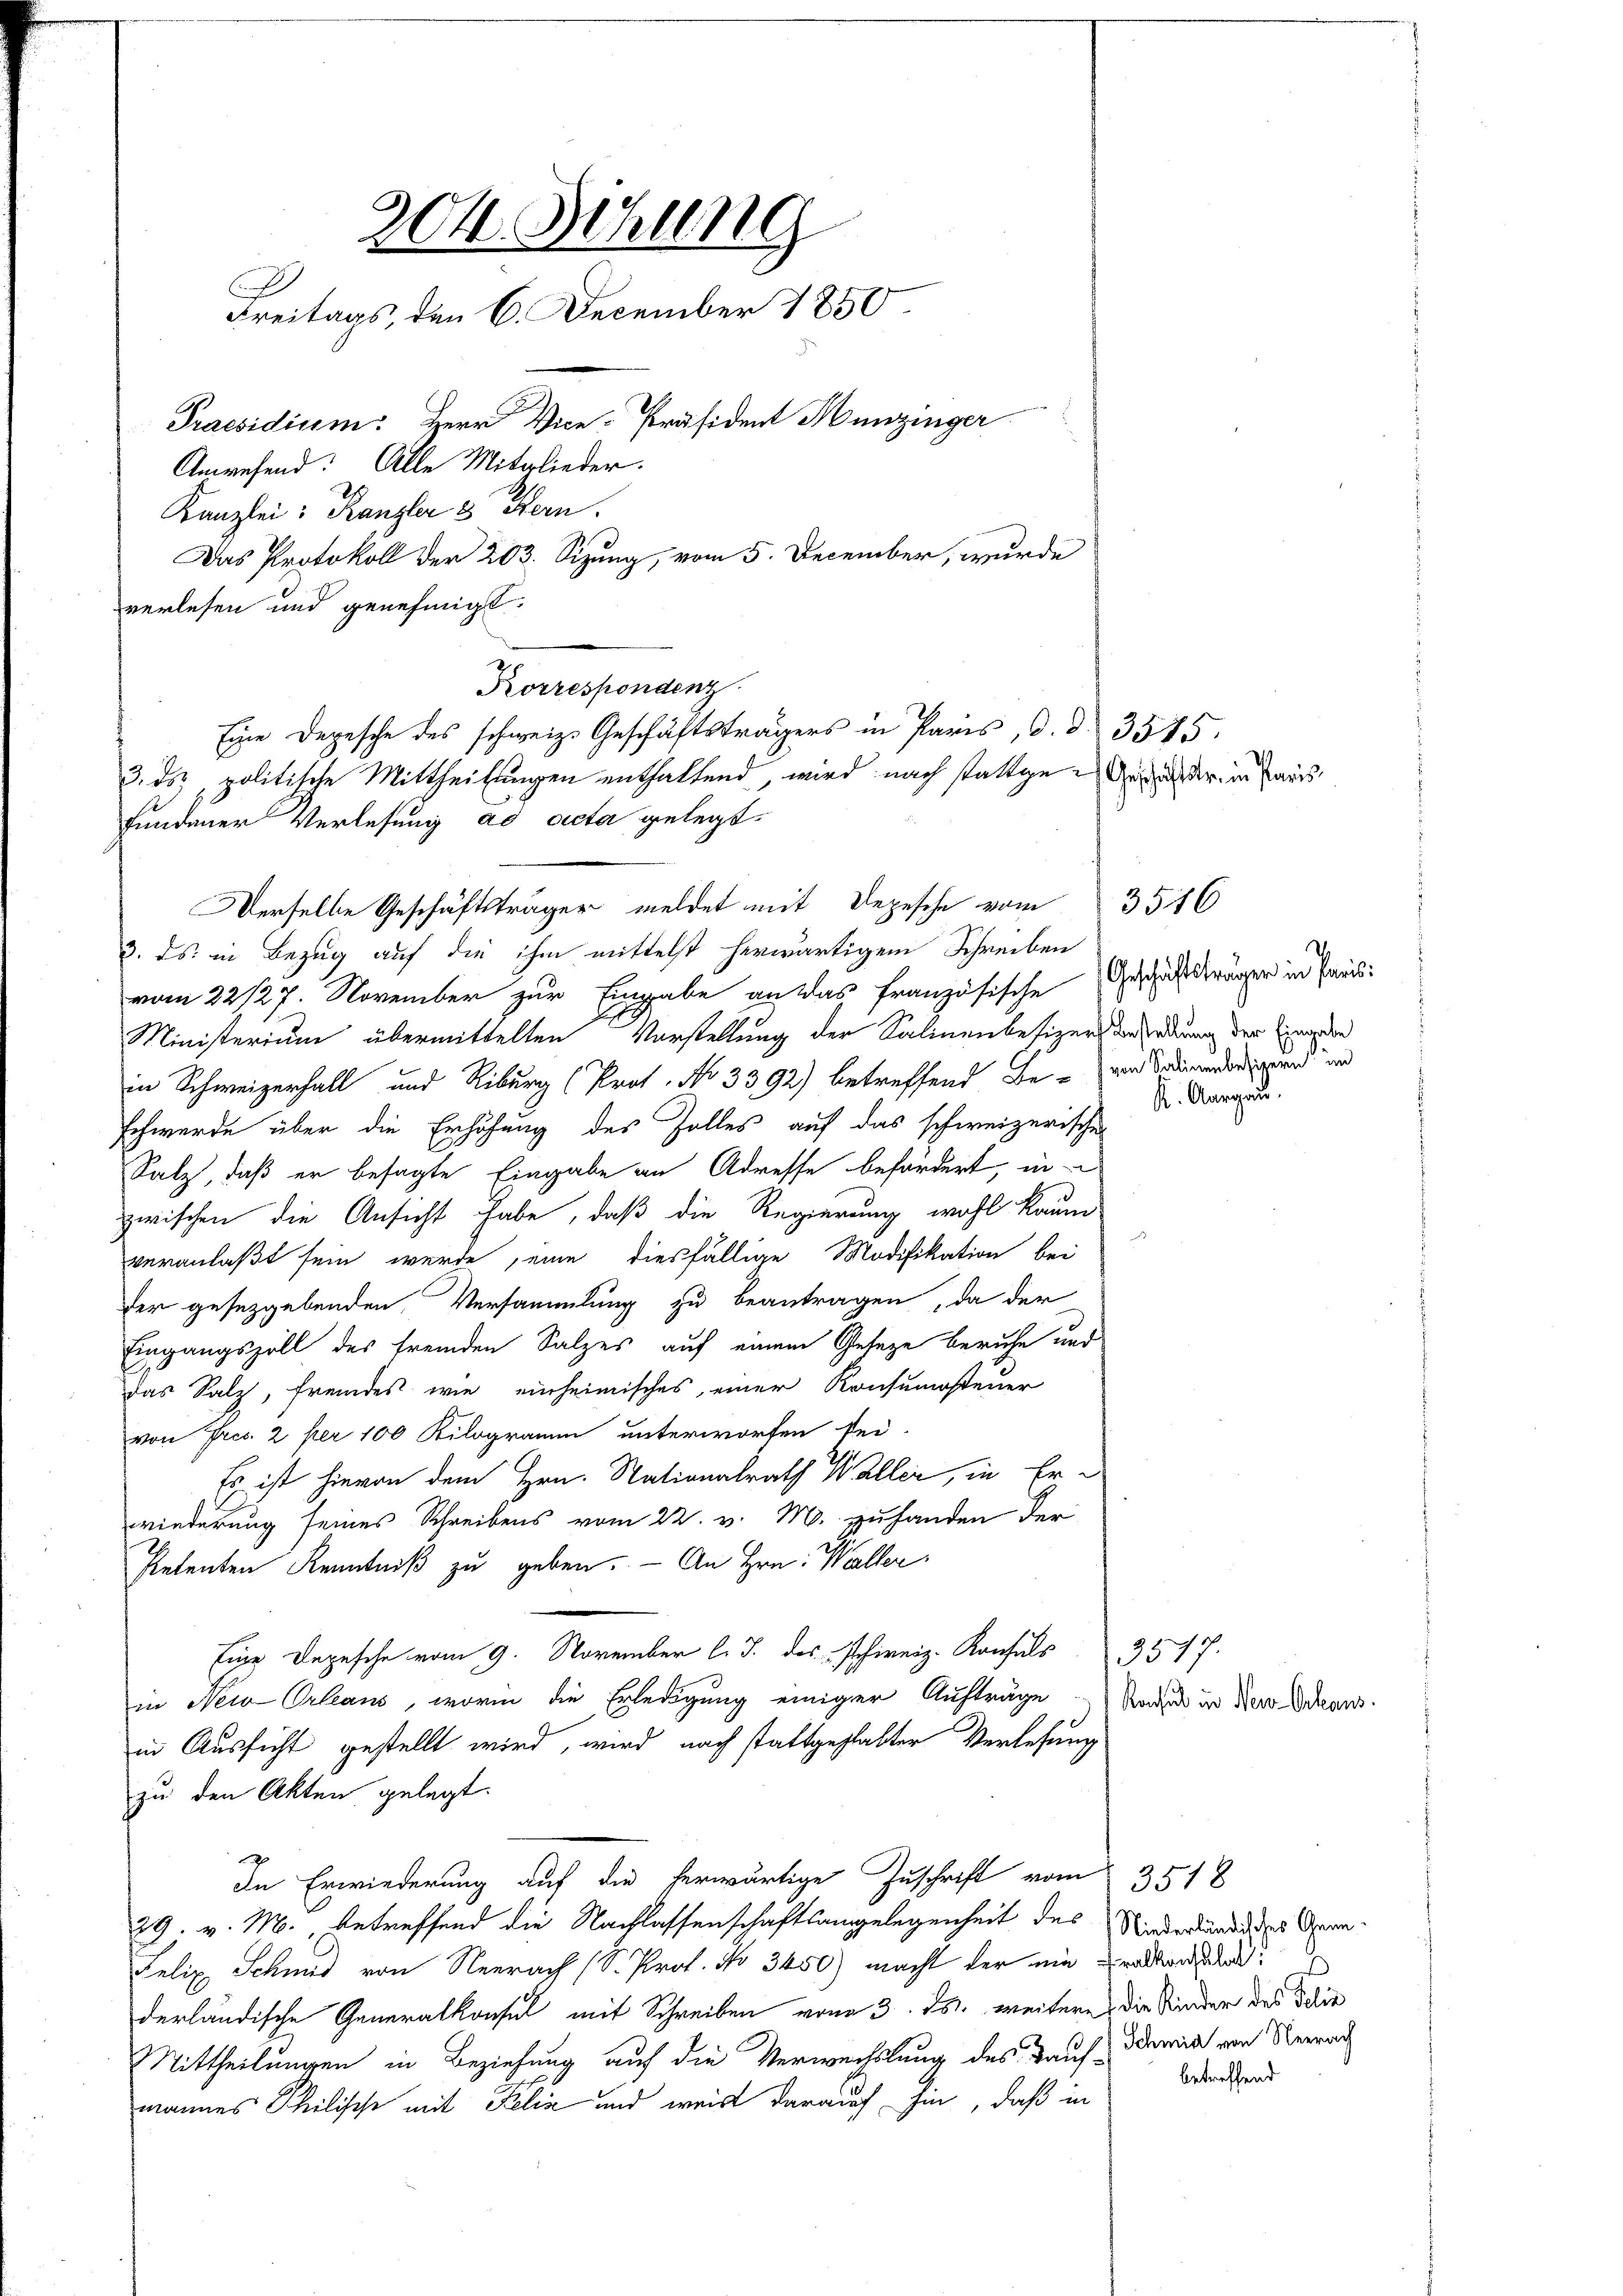
204. Sitzung
.
Freitags, den 6. December 1850.
Praesidium. Herr Vice-Präsident Hunzinger
Anwesend: Alle Mitglieder.
Kanzlei: Kanzler 3 Hern.
Das Protokoll der 203. Sizung, vom 5. December, wurde

verlesen und genehmigt.
Korrespondenz
3. ds. in Bezug auf die ihm mittelst herwärtigem Schreiben
vom 22/27. November zur Eingabe an das französische
Ministerium übermittelten Vorstellung der Salinenbesizer Beredung der Eingeden
in Schweizerfall und Riburg (Prot. No 3392) betreffend Be- und Sardinanderend un
schwerde über die Erhöhung des Zolles auf das schweizerischen
Salz, daß er besagte Eingabe an Adresse befördert, in
zwischen die Ansicht habe, daß die Regierung wohl kaum
veranlaßt sein werde, eine diesfällige Modifikation bei
fer gesetzgebenden Versammlung zu beantragen, da der
Eingangszoll des fremden Salzes auf einem Gesetze beruhe und
das Salz, fremdes wie einheimisches, einer Konsumsteuer
von Fres. 2 per 100 Kilogramm unterworfen sei
Es ist hievon dem Hrn. Nationalrath Waller, in Er-
wiederung seines Schreibens vom 22. v. M. zuhanden der
Petenten Kenntniß zu geben. — An Hrn. Waller
Eine Depesche vom 9. November l. J. des schweiz. Konsuls 327.
in Neu Orleans, worin die Erledigung einiger Aufträge Rede in der Schaus.
in Aussicht gestellt wird, wird nach stattgehalter Verlesung
zu den Akten gelegt.
In Erwiederung auf die herwärtige Zuschrift vom 3518
29. v. M. betreffend die Nachlassenschaftsangelegenheit des Kinderbundes Gern¬
Felix Schmid von Neerach (S. Prof. No 3450) macht der ein uraltorden:
derländische Generalkonsul mit Schreiben von 3. ds. weitere die Kinder des dahin
Mittheilungen in Beziehung auf die Verwechslung des Kauf Dein von Neerach
mannes Philische mit Felix und weis darauf hin, daß in

fundener Verlesung ad acta gelegt.

Eine Depesche des schweiz. Geschäftsträgers in Paris, d. d. 3515.
3. ds., politische Mittheilungen enthaltend, wird nach stattgedach der in Paris
Derselbe Geschäftsträger meldet mit Depesche vom 3516

Geschäftsträger in Paris
A. Aargau.

betreffend